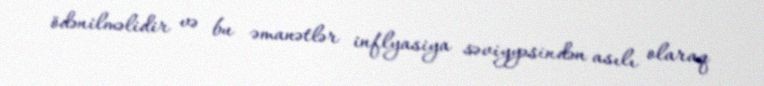
ödənilməlidir və bu əmanətlər inflyasiya səviyyəsindən asılı olaraq